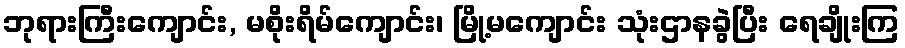
ဘုရားကြီးကျောင်း, မစိုးရိမ်ကျောင်း၊ မြို့မကျောင်း သုံးဌာနခွဲပြီး ရေချိုးကြ